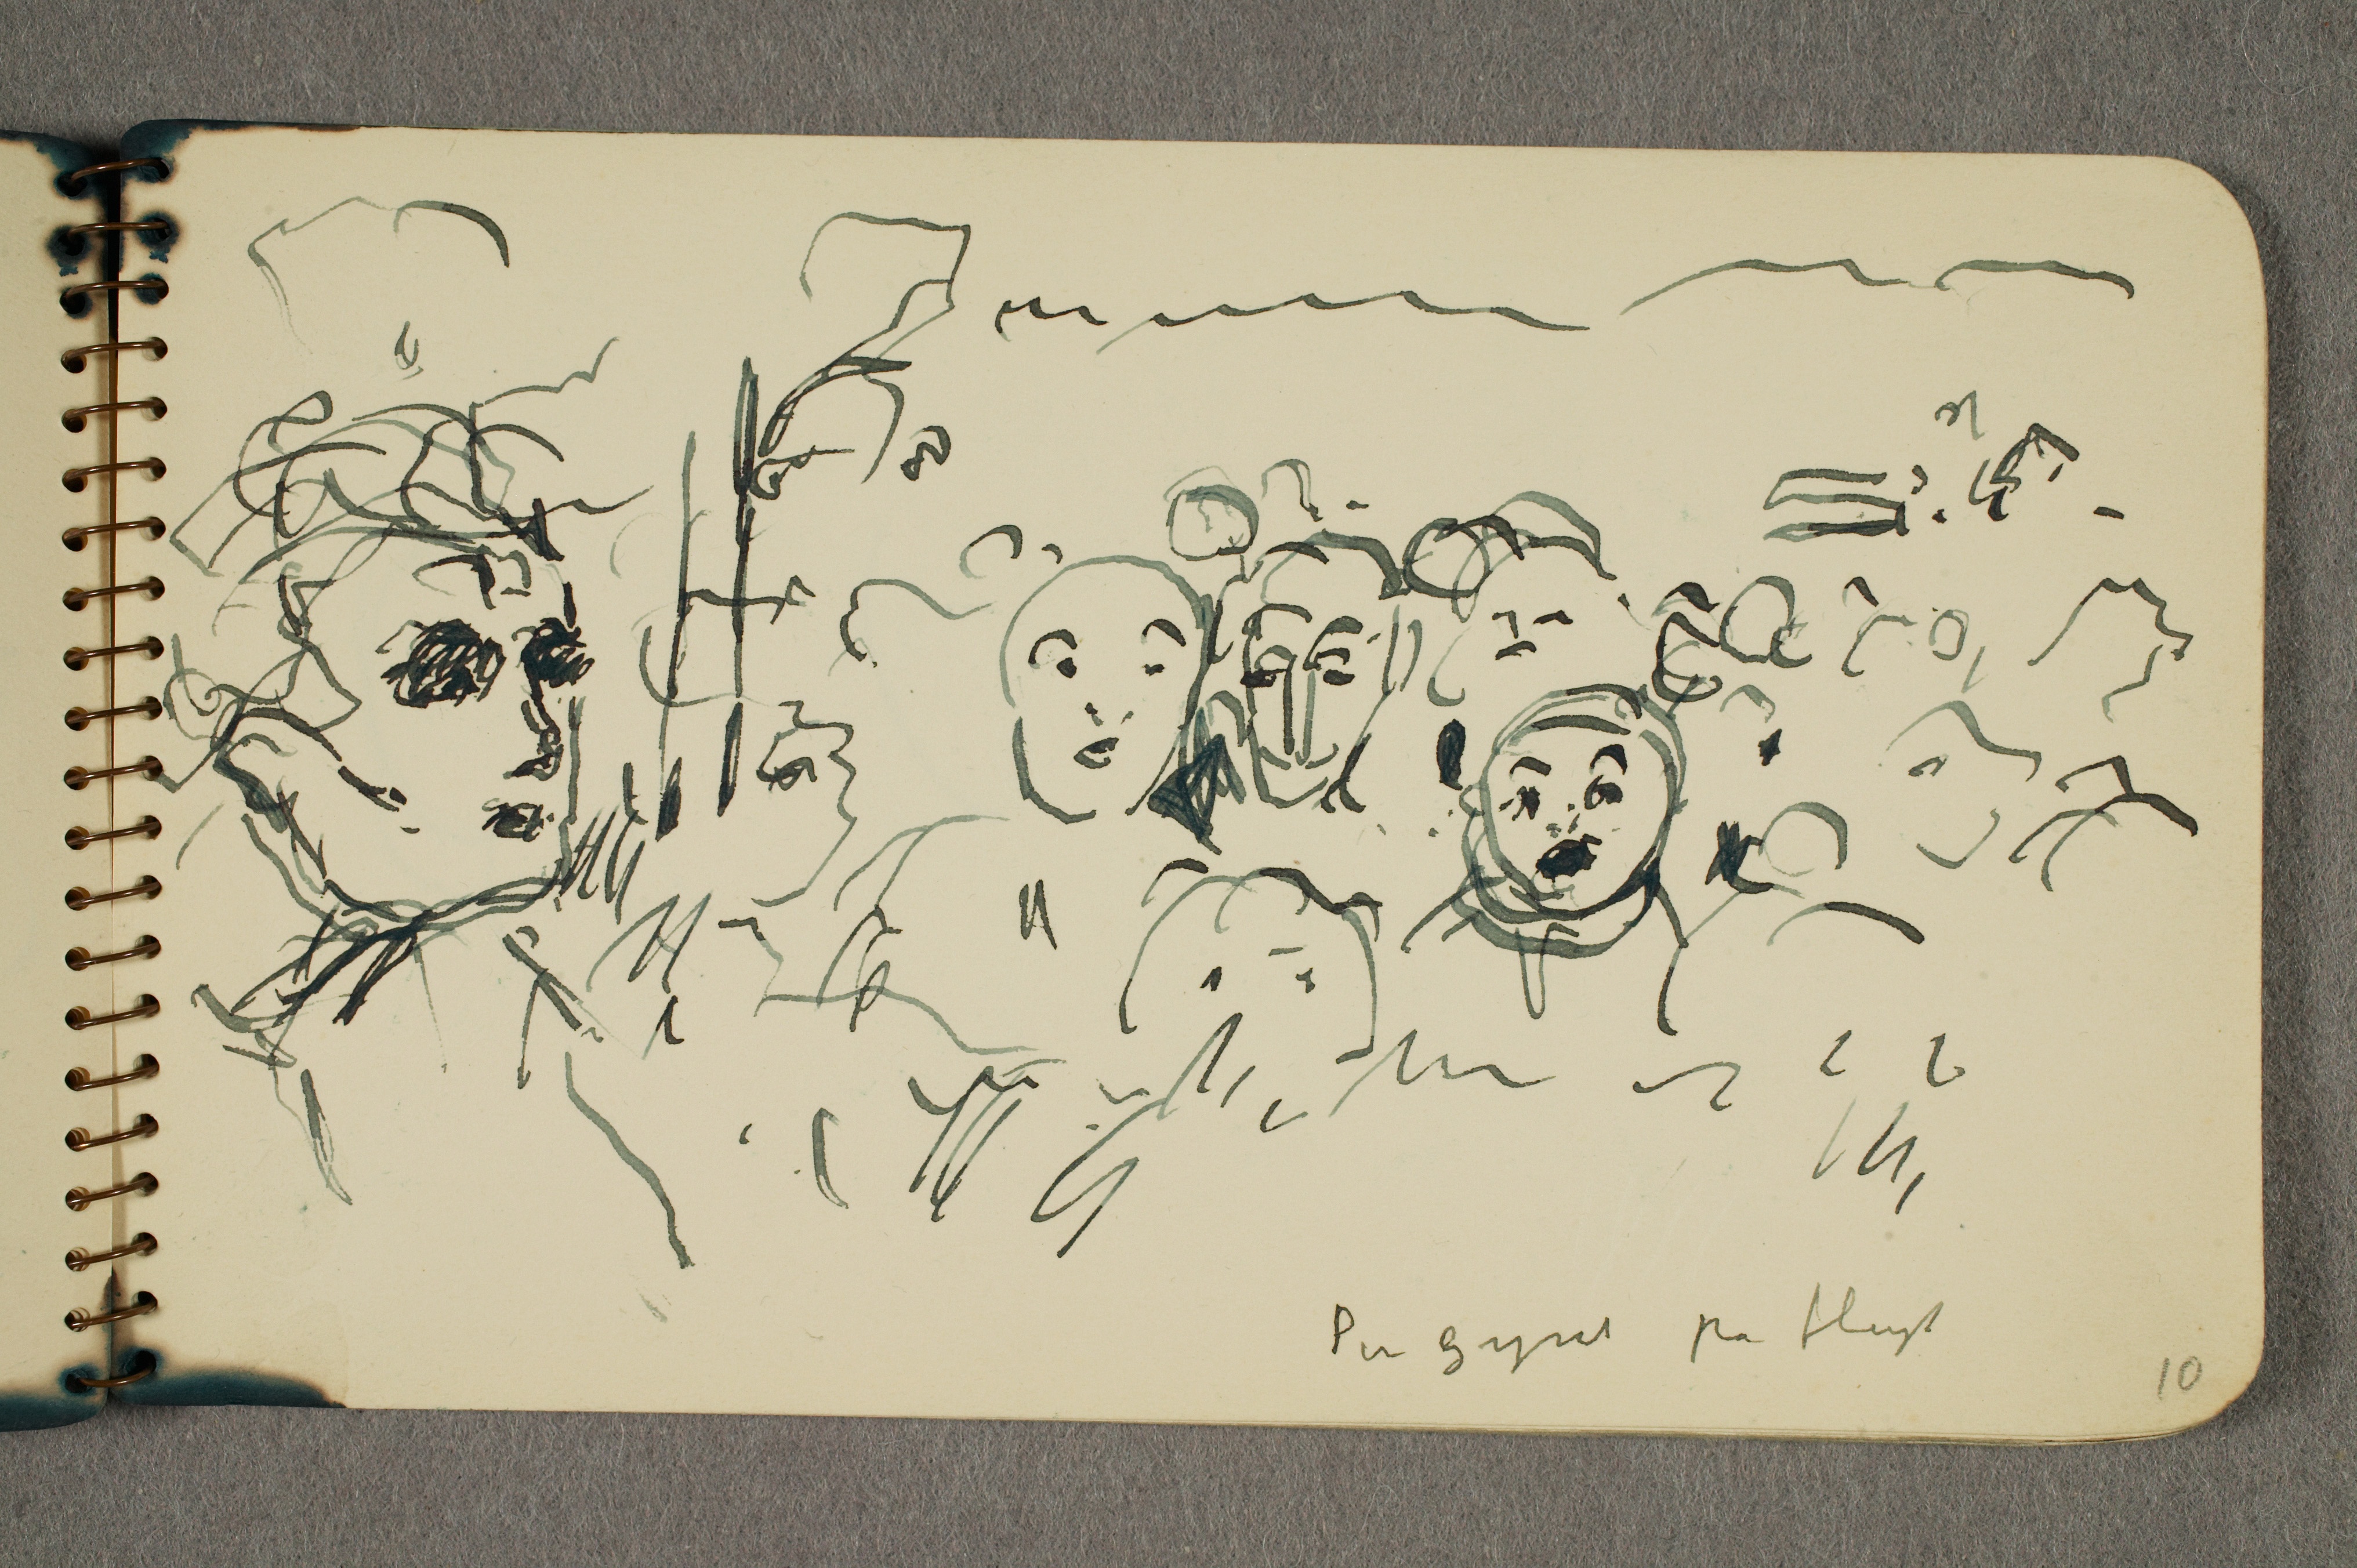
Per Gynt på flugt